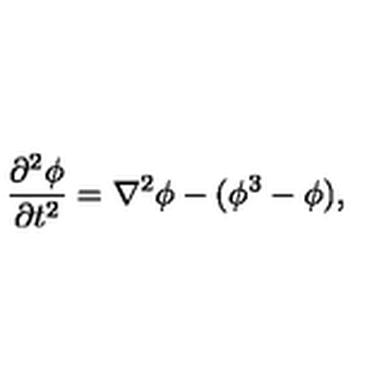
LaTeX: \frac { \partial ^ { 2 } \phi } { \partial t ^ { 2 } } = \nabla ^ { 2 } \phi - ( \phi ^ { 3 } - \phi ) ,